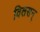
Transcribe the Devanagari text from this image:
विलसन्